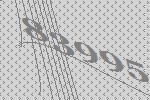
83995